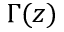
\Gamma ( z )